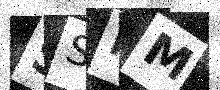
Text: SSPM